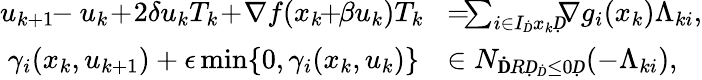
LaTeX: \begin{array}{rl}{u_{k+1}\! \! -u_{k}\! +\! 2\delta u_{k}T_{k}\! +\! \nabla f(x_{k}\! \! +\! \! \beta u_{k})T_{k}\! }&{=\! \! \! \sum_{i\in I_{Ḋ}x_{k}Ḍ}\! \! \! \nabla g_{i}(x_{k})\Lambda_{ki},}\\ {\gamma_{i}(x_{k},u_{k+1})+\epsilon\operatorname*{min}\{ 0,\gamma_{i}(x_{k},u_{k})\} }&{\in N_{\mathbb ḊRḌ_{Ḋ}\leq 0Ḍ}(-\Lambda_{ki}),}\end{array}